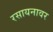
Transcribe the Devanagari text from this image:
रसायनावर